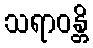
သရာဝန္တိ